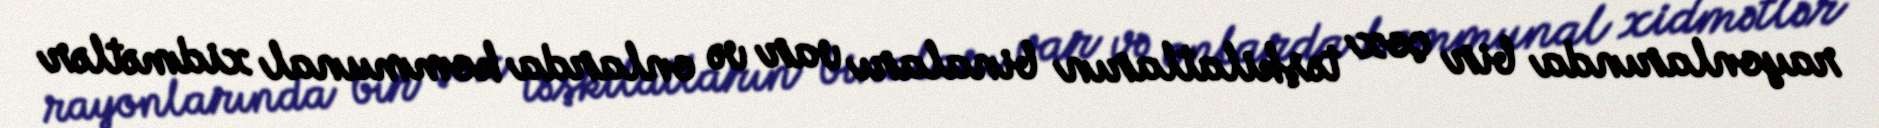
rayonlarında bir çox təşkilatların binaları var və onlarda kommunal xidmətlər